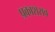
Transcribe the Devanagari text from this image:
प्रकाशराव